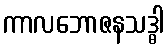
ကာလဘောဇနသဒ္ဓါ